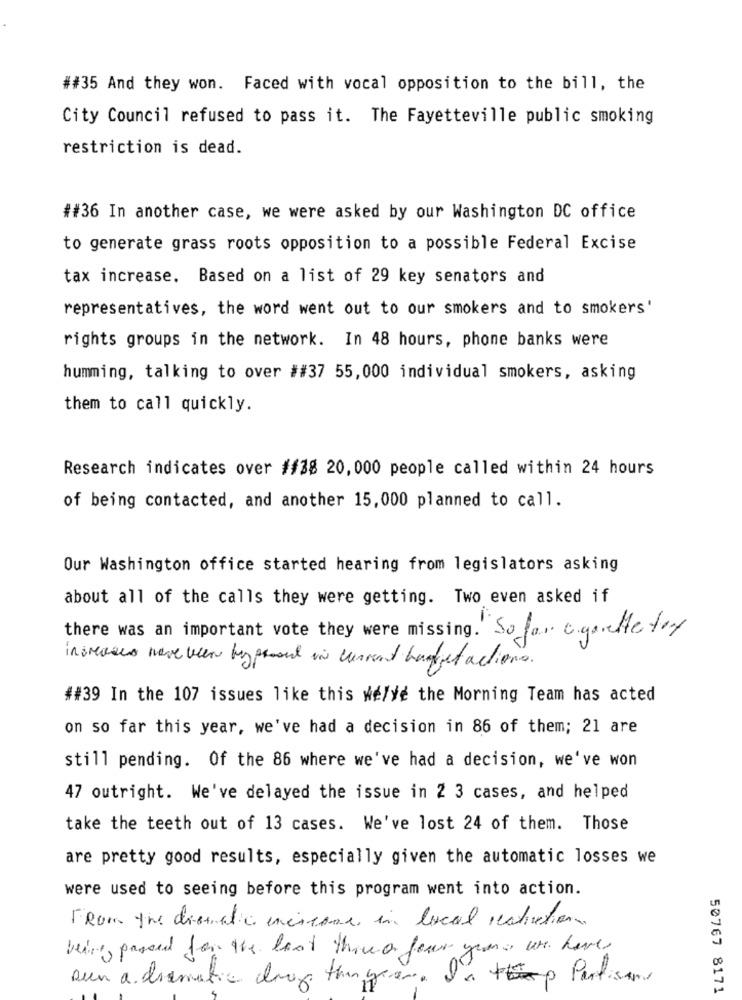
##35 And they won. Faced with vocal opposition to the bill, the
City Council refused to pass it. The Fayetteville public smoking
restriction is dead.
##36 In another case, we were asked by our Washington DC office
to generate grass roots opposition to a possible Federal Excise
tax increase. Based on a list of 29 key senators and
representatives, the word went out to our smokers and to smokers'
rights groups in the network. In 48 hours, phone banks were
humming, talking to over ##37 55,000 individual smokers, asking
them to call quickly.
Research indicates over ##38 20, 000 people called within 24 hours
of being contacted, and another 15,000 planned to call.
Our Washington office started hearing from legislators asking
about all of the calls they were getting. Two even asked if
there was an important vote they were missing. So for cigarette fox
increases have been byprosed in current haget actions.
##39 In the 107 issues like this Helye the Morning Team has acted
on so far this year, we've had a decision in 86 of them; 21 are
still pending. Of the 86 where we've had a decision, we've won
47 outright. We've delayed the issue in 2 3 cases, and helped
take the teeth out of 13 cases. We've lost 24 of them. Those
are pretty good results, especially given the automatic losses we
were used to seeing before this program went into action.
From the dismatic increase in local restivation
being, passed for the lost three few years use have
sun a dramatic darf then goes.
Hep Partisans
50767 8171